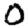
Digit: 0